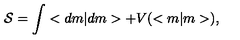
{ \cal S } = \int < d m | d m > + V ( < m | m > ) ,